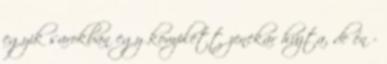
egyik sarokban egy komplett zenekar húzta, de én -